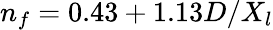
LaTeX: n_{f}=0.43+1.13D/X_{l}